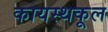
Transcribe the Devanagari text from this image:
कायस्थकूल